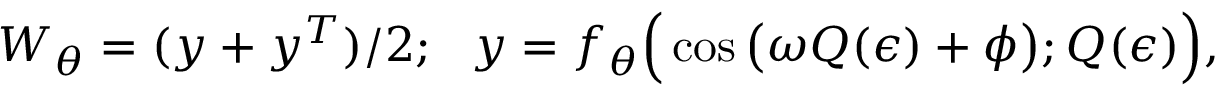
W _ { \theta } = ( y + y ^ { T } ) / 2 ; ~ ~ y = f _ { \theta } \Big ( \cos \big ( \omega Q ( \epsilon ) + \phi \big ) ; Q ( \epsilon ) \Big ) ,